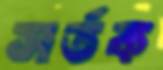
সর্তক